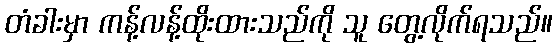
တံခါးမှာ ကန့်လန့်ထိုးထားသည်ကို သူ တွေ့လိုက်ရသည်။